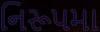
નિરૂપમા